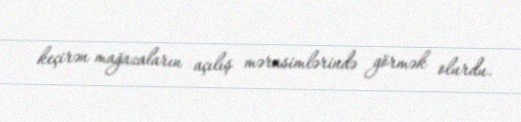
keçirən mağazaların açılış mərasimlərində görmək olurdu.